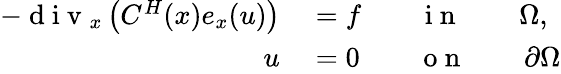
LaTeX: \begin{array}{rl}{-\mathrm{~d~i~v~}_{x}\left(C^{H}(x)e_{x}(u)\right)}&{{}=f\qquad\mathrm{~i~n~}\qquad\Omega,}\\ {u}&{{}=0\qquad\mathrm{~o~n~}\qquad\partial\Omega}\end{array}